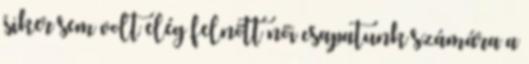
siker sem volt elég felnőtt női csapatunk számára a